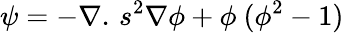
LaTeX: \psi=-\nabla.\, {s^{2}}\nabla\phi+{\phi^{}}\, ({\phi^{2}}-1)